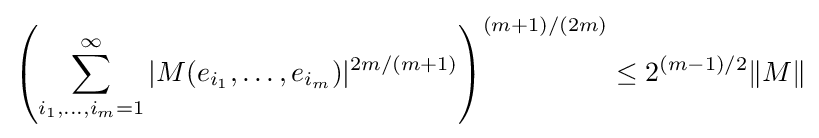
\left(\sum _{i_{1},\ldots ,i_{m}=1}^{\infty }|M(e_{i_{1}},\ldots ,e_{i_{m}})|^{2m/(m+1)}\right)^{(m+1)/(2m)}\leq 2^{(m-1)/2}\|M\|